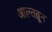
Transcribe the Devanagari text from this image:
आल्तब्रून